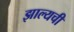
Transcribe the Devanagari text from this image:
झाल्यची